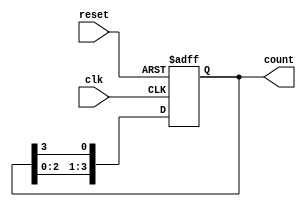
module ring_counter #(
    parameter N = 4  // Number of flip-flops (length of the ring counter)
)(
    input wire clk,     // Clock input
    input wire reset,   // Asynchronous reset input
    output reg [N-1:0] count // Output of the ring counter
);

// Initial state
initial begin
    count = 1'b1; // Initialize the counter with the first flip-flop set
end

// Sequential logic for the ring counter
always @(posedge clk or posedge reset) begin
    if (reset) begin
        count <= 1'b1; // Reset the counter to the initial state
    end else begin
        count <= {count[N-2:0], count[N-1]}; // Shift the '1' around the ring
    end
end

endmodule